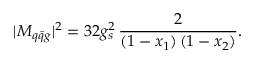
| { \cal M } _ { q \bar { q } g } | ^ { 2 } = 3 2 g _ { s } ^ { 2 } \, \frac { 2 } { ( 1 - x _ { 1 } ) \, ( 1 - x _ { 2 } ) } .